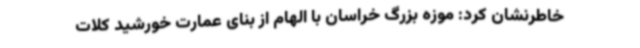
خاطرنشان کرد: موزه بزرگ خراسان با الهام از بنای عمارت خورشید کلات